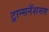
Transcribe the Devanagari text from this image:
ट्रान्सनॅशनल